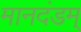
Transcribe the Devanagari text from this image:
मानदंडम्